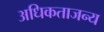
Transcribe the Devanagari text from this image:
अधिकताजन्य